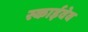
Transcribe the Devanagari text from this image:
स्काईवेव